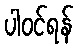
ပါဝင်ရန်